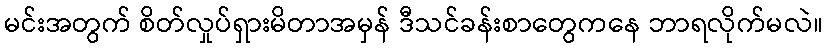
မင်းအတွက် စိတ်လှုပ်ရှားမိတာအမှန် ဒီသင်ခန်းစာတွေကနေ ဘာရလိုက်မလဲ။